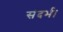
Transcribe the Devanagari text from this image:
संदर्भ।